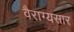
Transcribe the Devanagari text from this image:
वैराग्यसार